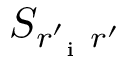
S _ { r _ { \mathrm { ~ i ~ } } ^ { \prime } r ^ { \prime } }